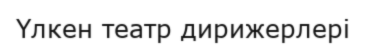
Үлкен театр дирижерлері